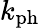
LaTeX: k_{\mathrm{ph}}